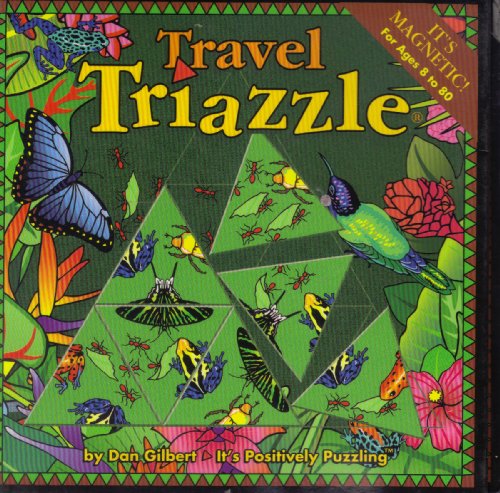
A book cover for Travel Triazzle: Bugs Including Urania Leilus L. Butterfly, Dyeing Poison Arrow Frog, Peruvian Poison Arrow Frog, Ants, Golden Beetle; Travel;